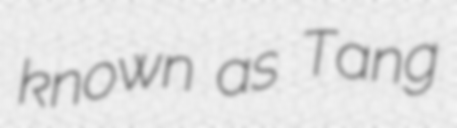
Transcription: known as Tang